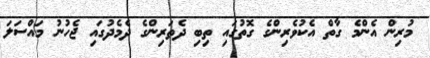
މުރިން އެންމެ ގާތް އެކުވެރިންގެ ގޮތުގައި ތިބި ދެތަރިންގެ ދެމެދުގައި ޖެހުނު މައްސަލަ